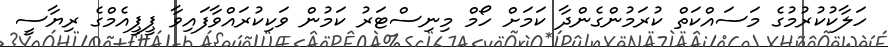
ހަލާކުކުރުމުގެ މަސައްކަތް ކުރަމުންގެންދާ ކަމަށް ހޯމް މިނިސްޓަރު ކަމުން ވަކިކުރައްވާފައިވާ ޕީޕީއެމްގެ ރިޔާސީ